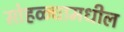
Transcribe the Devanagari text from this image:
सोहळ्यामधील